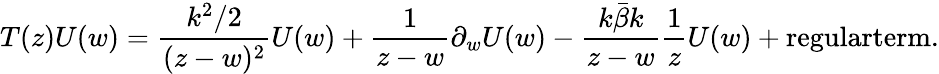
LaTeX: T(z)U(w)=\frac{k^{2}/2}{(z-w)^{2}}U(w)+\frac{1}{z-w}\partial_{w}U(w)-\frac{k\bar{\beta}k}{z-w}\frac{1}{z}U(w)+\textrm{regularterm}.